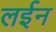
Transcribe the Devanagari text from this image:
लईन